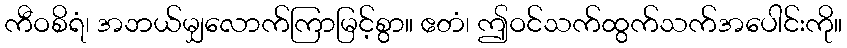
ကီဝစိရံ၊ အဘယ်မျှလောက်ကြာမြင့်စွာ။ ဧတံ၊ ဤဝင်သက်ထွက်သက်အပေါင်းကို။